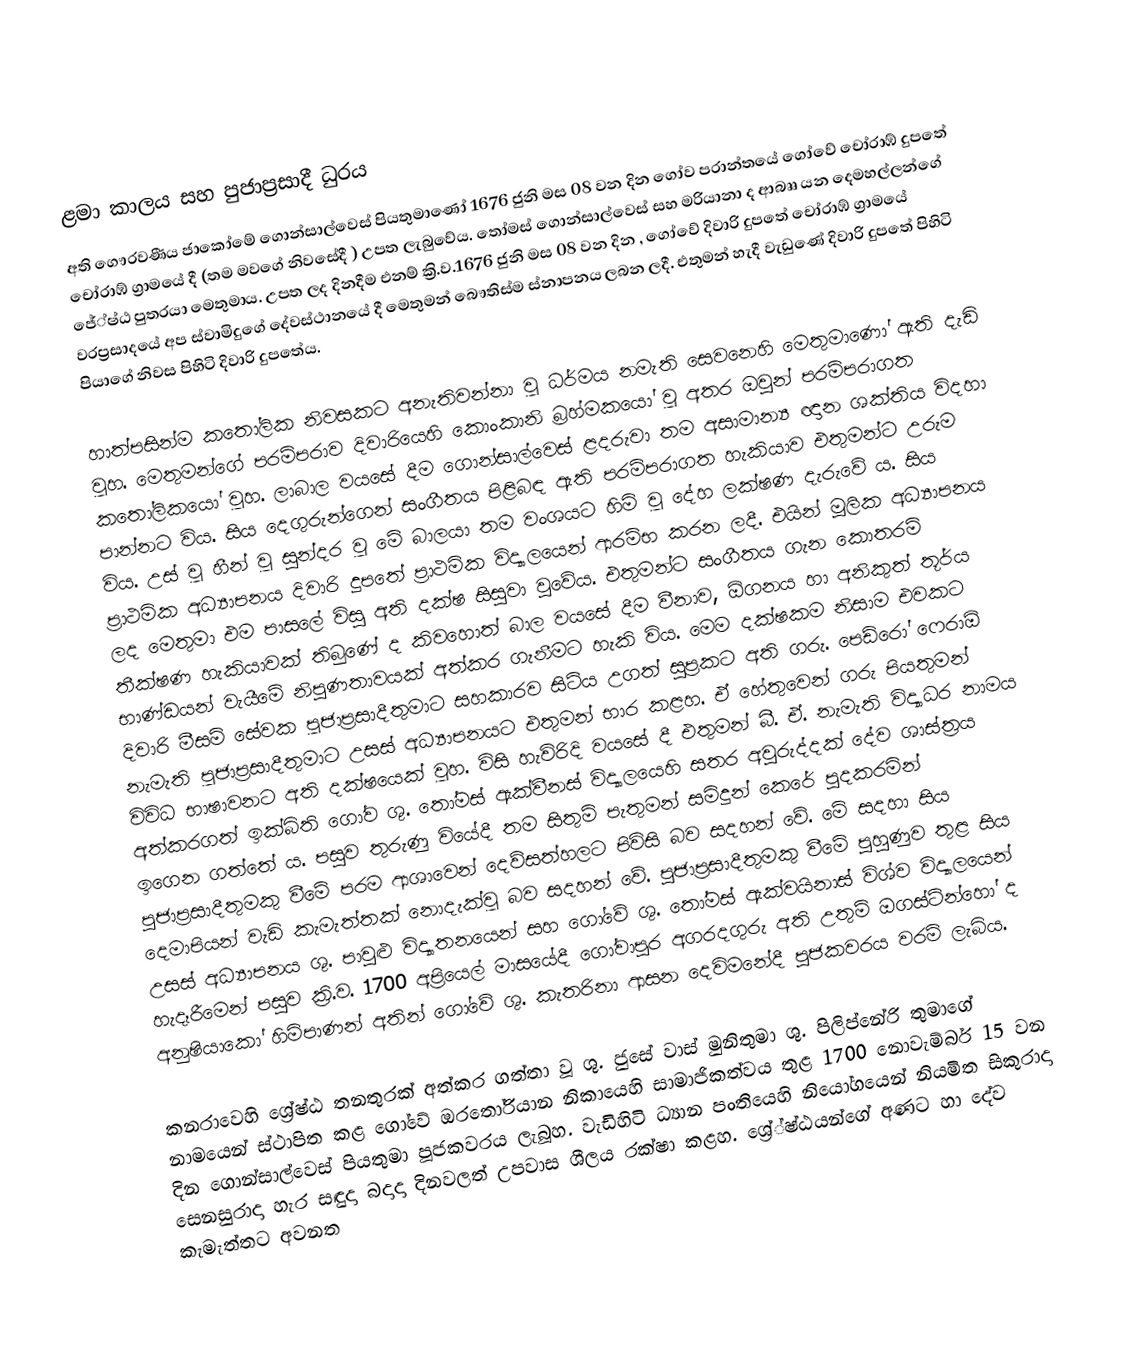

ළමා කාලය සහ පුජාප්‍රසාදී ධුරය
අති ගෞරවණීය ජාකෝමේ ගොන්සාල්වෙස් පියතුමාණෝ 1676 ජුනි මස 08 වන දින ගෝව ප‍්‍රාන්තයේ ගෝවේ  චෝරාඹ් දුපතේ චෝරාඹ් ග්‍රාමයේ දී (තම මවගේ නිවසේදී ) උපත ලැබුවේය. තෝමස් ගොන්සාල්වෙස් සහ මරියානා ද ආබෲ යන දෙමහල්ලන්ගේ ජේ්‍ෂ්ඨ පුත‍්‍රයා මෙතුමාය. උපත ලද දිනදීම එනම්  ක්‍රි.ව.1676 ජුනි මස 08 වන දින , ගෝවේ දිවාරි දුපතේ චෝරාඹ් ග්‍රාමයේ වරප්‍රසාදයේ අප ස්වාමිදුගේ දේවස්ථානයේ දී මෙතුමන් බෞතිස්ම ස්නාපනය ලබන ලදී. එතුමන් හැදී වැඩුණේ  දිවාරි දුපතේ පිහිටි පියාගේ නිවස පිහිටි දිවාරි දුපතේය.

හාත්පසින්ම කතෝලික නිවසකට අනැතිවන්නා වූ ධර්මය නමැති සෙවනෙහි මෙතුමාණෝ ඇති දැඩි වූහ. මෙතුමන්ගේ පරම්පරාව දිවාරියෙහි කොංකානි බ‍්‍රහ්මකයෝ වූ අතර ඔවුන් පරම්පරාගත කතෝලිකයෝ වූහ. ලාබාල වයසේ දීම ගොන්සාල්වෙස් ළදරුවා තම අසාමාන්‍ය ඥාන ශක්තිය විදහා පාන්නට විය. සිය දෙගුරුන්ගෙන් සංගීතය පිළිබඳ ඇති පරම්පරාගත හැකියාව එතුමන්ට උරුම විය. උස් වූ හීන් වූ සුන්දර වූ මේ බාලයා තම වංශයට හිමි වූ දේහ ලක්ෂණ දැරුවේ ය. සිය  ප්‍රාථමික අධ්‍යාපනය දිවාරි දුපතේ ප්‍රාථමික විද්‍යාලයෙන් ආරම්භ කරන ලදී. එයින්  මූලික අධ්‍යාපනය ලද මෙතුමා එම පාසලේ විසු   අති දක්ෂ සිසුවා වුවේය. එතුමන්ට සංගීතය ගැන කොතරම් තීක්ෂණ හැකියාවක් තිබුණේ ද කිවහොත් බාල වයසේ දීම වීනාව,  ඕගනය හා අනිකුත් තූර්ය භාණ්ඩයන් වැයීමේ නිපුණතාවයක් අත්කර ගැනීමට හැකි විය. මෙම දක්ෂකම නිසාම එවකට දිවාරි මීසම් සේවක පූජාප‍්‍රසාදීතුමාට සහකාරව සිටිය උගත් සුප‍්‍රකට අති ගරු. පෙඩ්රෝ ෆෙරාඕ   නැමැති පූජාප‍්‍රසාදීතුමාට උසස් අධ්‍යාපනයට එතුමන් භාර කළහ. ඒ හේතුවෙන් ගරු පියතුමන් විවිධ භාෂාවනට අති දක්ෂයෙක් වූහ. විසි හැවිරිදි වයසේ දී එතුමන් බී. ඒ. නැමැති විද්‍යාධර නාමය අත්කරගත් ඉක්බිති ගෝව ශු. තෝමස් ඇක්වීනස් විද්‍යාලයෙහි සතර අවුරුද්දක් දේව ශාස්ත‍්‍රය ඉගෙන ගත්තේ ය. පසුව තුරුණු වියේදී තම සිතුම් පැතුමන් සමිදුන් කෙරේ පුදකරමින් පුජාප්‍රසාදීතුමකු වීමේ පරම ආශාවෙන් දෙව්සත්හලට පිවිසි බව සදහන් වේ. මේ සදහා සිය දෙමාපියන් වැඩි කැමැත්තක් නොදැක්වූ බව සදහන් වේ. පුජාප්‍රසාදීතුමකු වීමේ පුහුණුව තුළ සිය උසස් අධ්‍යාපනය ශු. පාවුළු විද්‍යාතනයෙන්  සහ ගෝවේ ශු. තෝමස් ඇක්වයිනාස් විශ්ව විද්‍යාලයෙන් හැදෑරීමෙන් පසුව ක්‍රි.ව. 1700 අප්‍රියෙල් මාසයේදී ගෝවාපුර අගරදගුරු අති උතුම් ඔගස්ටින්හෝ ද අනුෂියාකෝ හිමිපාණන් අතින් ගෝවේ ශු. කැතරිනා ආසන දෙවිමනේදී පුජකවරය වරම් ලැබිය.

කනරාවෙහි ශ්‍රේෂ්ඨ තනතුරක් අත්කර ගත්තා වූ ශු. ජුසේ වාස් මුනිතුමා ශු. පිලිප්නේරි තුමාගේ නාමයෙන් ස්ථාපිත කළ ගෝවේ ඔරතෝරියාන නිකායෙහි  සාමාජිකත්වය තුළ 1700 නොවැම්බර් 15 වන දින ගොන්සාල්වෙස් පියතුමා පූජකවරය ලැබූහ. වැඩිහිටි ධ්‍යාන පංතියෙහි නියෝගයෙන් නියමිත සිකුරාදා සෙනසුරාදා හැර සඳුදා බදාදා දිනවලත් උපවාස ශීලය රක්ෂා කළහ. ශ්‍රේ්ෂ්ඨයන්ගේ අණට හා දේව කැමැත්තට අවනත